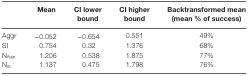
|  | Mean | CI lower bound | CI higher bound | Backtransformed mean (mean % of success) |
 | --- | --- | --- | --- | --- |
 | Aggr | −0.052 | −0.654 | 0.551 | 49% |
 | SI | 0.754 | 0.32 | 1.376 | 68% |
 | NAggr | 1.206 | 0.538 | 1.875 | 77% |
 | NSI | 1.137 | 0.475 | 1.798 | 76% |